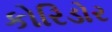
કોરિડોર